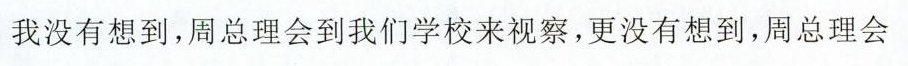
我没有想到，周总理会到我们学校来视察，更没有想到，周总理会